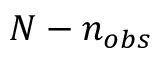
N - n _ { o b s }